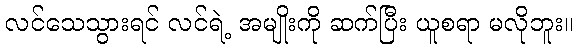
လင်သေသွားရင် လင်ရဲ့ အမျိုးကို ဆက်ပြီး ယူစရာ မလိုဘူး။